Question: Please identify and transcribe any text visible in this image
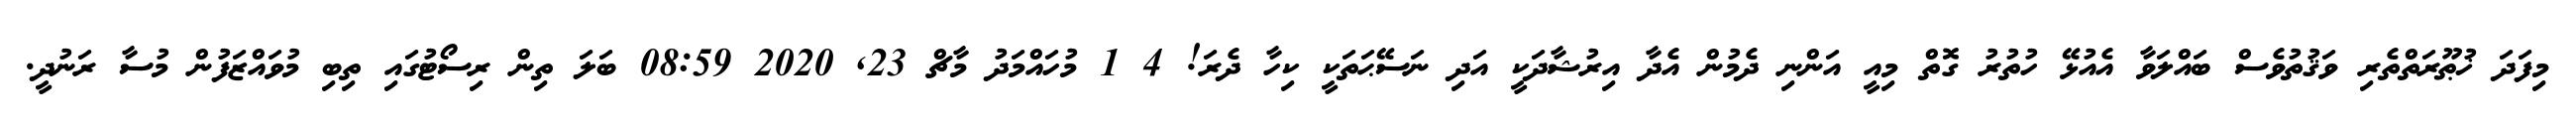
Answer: މިފަދަ ޚުޠޫރަތްތެރި ވަޤުތުވެސް ބައްލަވާ އެއުޅޭ ހުތުރު ގޮތް މިއީ އަންނި ދެމުން އެދާ އިރުޝާދަކީ އަދި ނަސޭޙަތަކީ ކިހާ ދެރަ! 4 1 މުހައްމަދު މާޗް 23, 2020 08:59 ބަލަ ތިން ރިސޯޓުގައި ތިބި މުވައްޒަފުން މުސާ ރަނުދީ.